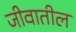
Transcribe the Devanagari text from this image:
जीवातील